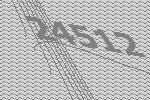
24512